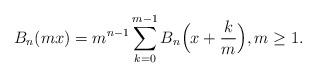
LaTeX: \begin{align*} {B_n (mx)} = {m^{n - 1}}\sum_{k = 0}^{m - 1} {B_n\Big( {x + \frac{k}{m}} \Bigr)},m \geq1.\end{align*}